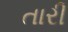
તારી